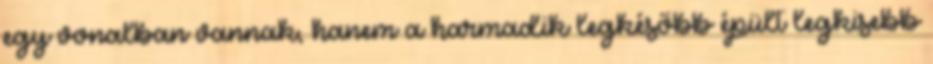
egy vonalban vannak, hanem a harmadik legkésőbb épült legkisebb